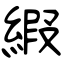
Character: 縀